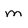
Character: m